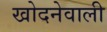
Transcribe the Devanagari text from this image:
खोदनेवाली